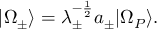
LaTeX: | \Omega _ { \pm } \rangle = \lambda _ { \pm } ^ { - \frac { 1 } { 2 } } a _ { \pm } | \Omega _ { P } \rangle .